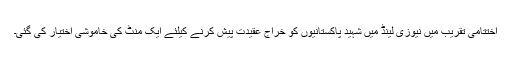
اختتامی تقریب میں نیوزی لینڈ میں شہید پاکستانیوں کو خراج عقیدت پیش کرنے کیلئے ایک منٹ کی خاموشی اختیار کی گئی۔